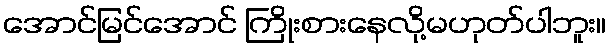
အောင်မြင်အောင် ကြိုးစားနေလို့မဟုတ်ပါဘူး။